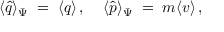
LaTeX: \langle \hat { q } \rangle _ { \Psi } \; = \; \langle q \rangle \, , \; \; \; \; \langle \hat { p } \rangle _ { \Psi } \; = \; m \langle v \rangle \, ,